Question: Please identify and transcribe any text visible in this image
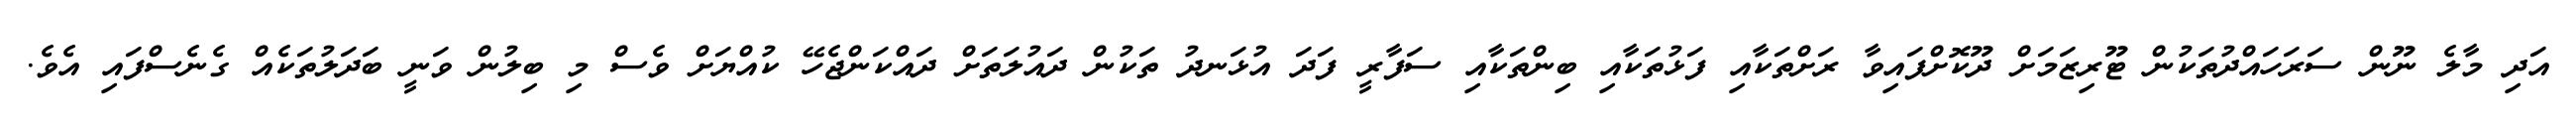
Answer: އަދި މާލެ ނޫން ސަރަހައްދުތަކުން ޓޫރިޒަމަށް ދޫކޮށްފައިވާ ރަށްތަކާއި ފަޅުތަކާއި ބިންތަކާއި ސަފާރީ ފަދަ އުޅަނދު ތަކުން ދައުލަތަށް ދައްކަންޖެހޭ ކުއްޔަށް ވެސް މި ބިލުން ވަނީ ބަދަލުތަކެއް ގެނެސްފައި އެވެ.